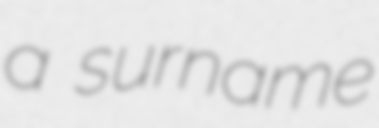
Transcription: a surname